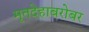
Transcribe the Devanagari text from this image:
मृतदेहाबरोबर